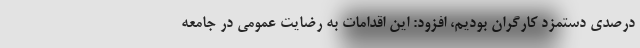
درصدی دستمزد کارگران بودیم، افزود: این اقدامات به رضایت عمومی در جامعه